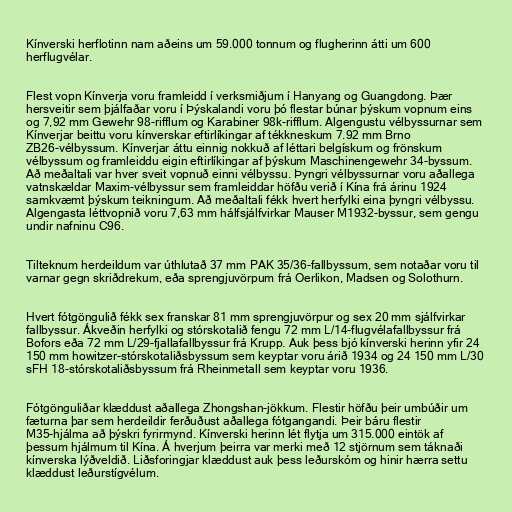
Kínverski herflotinn nam aðeins um 59.000 tonnum og flugherinn átti um 600
herflugvélar.

Flest vopn Kínverja voru framleidd í verksmiðjum í Hanyang og Guangdong. Þær
hersveitir sem þjálfaðar voru í Þýskalandi voru þó flestar búnar þýskum vopnum eins
og 7,92 mm Gewehr 98-rifflum og Karabiner 98k-rifflum. Algengustu vélbyssurnar sem
Kínverjar beittu voru kínverskar eftirlíkingar af tékkneskum 7.92 mm Brno
ZB26-vélbyssum. Kínverjar áttu einnig nokkuð af léttari belgískum og frönskum
vélbyssum og framleiddu eigin eftirlíkingar af þýskum Maschinengewehr 34-byssum.
Að meðaltali var hver sveit vopnuð einni vélbyssu. Þyngri vélbyssurnar voru aðallega
vatnskældar Maxim-vélbyssur sem framleiddar höfðu verið í Kína frá árinu 1924
samkvæmt þýskum teikningum. Að meðaltali fékk hvert herfylki eina þyngri vélbyssu.
Algengasta léttvopnið voru 7,63 mm hálfsjálfvirkar Mauser M1932-byssur, sem gengu
undir nafninu C96.

Tilteknum herdeildum var úthlutað 37 mm PAK 35/36-fallbyssum, sem notaðar voru til
varnar gegn skriðdrekum, eða sprengjuvörpum frá Oerlikon, Madsen og Solothurn.

Hvert fótgöngulið fékk sex franskar 81 mm sprengjuvörpur og sex 20 mm sjálfvirkar
fallbyssur. Ákveðin herfylki og stórskotalið fengu 72 mm L/14-flugvélafallbyssur frá
Bofors eða 72 mm L/29-fjallafallbyssur frá Krupp. Auk þess bjó kínverski herinn yfir 24
150 mm howitzer-stórskotaliðsbyssum sem keyptar voru árið 1934 og 24 150 mm L/30
sFH 18-stórskotaliðsbyssum frá Rheinmetall sem keyptar voru 1936.

Fótgönguliðar klæddust aðallega Zhongshan-jökkum. Flestir höfðu þeir umbúðir um
fæturna þar sem herdeildir ferðuðust aðallega fótgangandi. Þeir báru flestir
M35-hjálma að þýskri fyrirmynd. Kínverski herinn lét flytja um 315.000 eintök af
þessum hjálmum til Kína. Á hverjum þeirra var merki með 12 stjörnum sem táknaði
kínverska lýðveldið. Liðsforingjar klæddust auk þess leðurskóm og hinir hærra settu
klæddust leðurstígvélum.